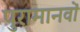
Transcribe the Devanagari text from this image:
पुरामानवों